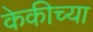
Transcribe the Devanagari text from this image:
केकीच्या